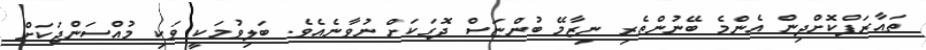
ތައާރަފްކޮށްދިިން އެންމެ ބޭނުންތެރި ނިޒާމޭ ބުންޏަސް ދޮގަކަށް ނުވާނެއެވެ. ބަލިވުމަކީ ވަކި މުއްސަންޖަކަށް